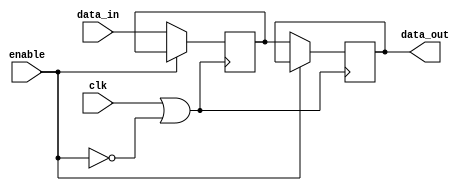
module clock_gating_memory (
    input wire clk,       // Original clock signal
    input wire enable,    // Enable signal for clock gating
    input wire [7:0] data_in, // Example data input
    output wire [7:0] data_out // Example data output
);

// Inverted enable signal
wire enable_inv;

// Gated clock signal
wire gated_clk;

// Instantiate NOT gate for inverted enable signal
assign enable_inv = ~enable;

// OR gate to generate gated clock signal
assign gated_clk = clk | enable_inv;

// Memory block to demonstrate the clock gating
reg [7:0] memory [0:255]; // Example memory array (256 x 8 bits)
reg [7:0] data_out_reg;    // Register to hold the output data

// Memory write operation (assuming a simple write on gated clock)
always @(posedge gated_clk) begin
    if (!enable) begin // Only write when enable is low (memory is active)
        memory[0] <= data_in; // Write input data to memory address 0 (for example)
    end
end

// Memory read operation (assuming a simple read on gated clock)
always @(posedge gated_clk) begin
    if (!enable) begin // Only read when enable is low (memory is active)
        data_out_reg <= memory[0]; // Read memory address 0 (for example)
    end
end

// Assign output data
assign data_out = data_out_reg;

endmodule